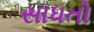
સાધતો